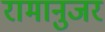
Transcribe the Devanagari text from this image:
रामानुजर